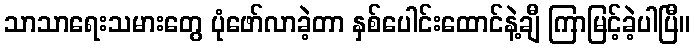
သာသာရေးသမားတွေ ပုံဖော်လာခဲ့တာ နှစ်ပေါင်းထောင်နဲ့ချီ ကြာမြင့်ခဲ့ပါပြီ။